system: You are a helpful assistant.
user:
Analyze the provided spectrum to determine if it is a **S-type Star**.

- **Key Indicators for S-type Star:**

    - **(Overall Spectrum Shape):** The first and most obvious characteristic is the overall continuum (the "baseline" shape). It is **extremely "red-sloping,"** meaning the flux (light intensity) is very low on the left side (blue, ~4000-4500 Å) and rises steeply and continuously toward the right side (red, ~7000 Å+).

    - **(Primary):** The spectrum is defined by the presence of strong, broad molecular absorption "valleys" (bands) from **Zirconium Oxide (ZrO)**. The identification of these bands is the **primary requirement** for classifying a star as S-type.
        - **(Key Bandheads):** You must find distinct, deep "dips" where the light has been absorbed. The most critical band systems to locate are:
            - **~6474 Å** ($\gamma$-system): This is often the strongest and clearest ZrO feature, found in the red part of the spectrum.
            - **~5718 Å** & **~5551 Å** ($\beta$-system): A pair of prominent absorption features in the yellow-orange part of the spectrum.
            - **~4640 Å** ($\alpha$-system): A key absorption band system in the blue-green region of the spectrum.

    - **(Secondary Confirmation):** The classification is strengthened by finding additional absorption bands from other related heavy element oxides, which are expected to be present alongside ZrO.
        - **(Key Bandheads):**
            - **Yttrium Oxide (YO):** Look for absorption dips near **~4800 Å** and **~6100 Å**.
            - **Lanthanum Oxide (LaO):** Additional absorption features, particularly in the red-orange part of the spectrum, are also characteristic.

    - **(Line Profile):** The combination of the steep red continuum and these numerous, deep molecular bands (ZrO, YO, etc.) gives the entire spectrum a very **"chopped-up"** or **"bumpy"** appearance. Instead of a smooth curve, the spectrum looks as though large, wide chunks of light have been "carved out" of it at the specific wavelengths listed above.

Think first, call **spectral_visualization_tool** if needed to examine features in detail, then provide your final answer. Your response must adhere to the following strict rules:
1.  **Overall Structure:** Your response must follow the format `<think>...</think> <tool_call>...</tool_call> (if a tool is used) <answer>...</answer>`.
2.  **Tool Usage Constraint:** You may only make **one** tool call per turn.
3.  **Final Answer Format:** In the `<answer>` tag, your conclusion must be inside a `\boxed{}` command (e.g., `\boxed{YES}` or `\boxed{NO}`), followed by your justification.

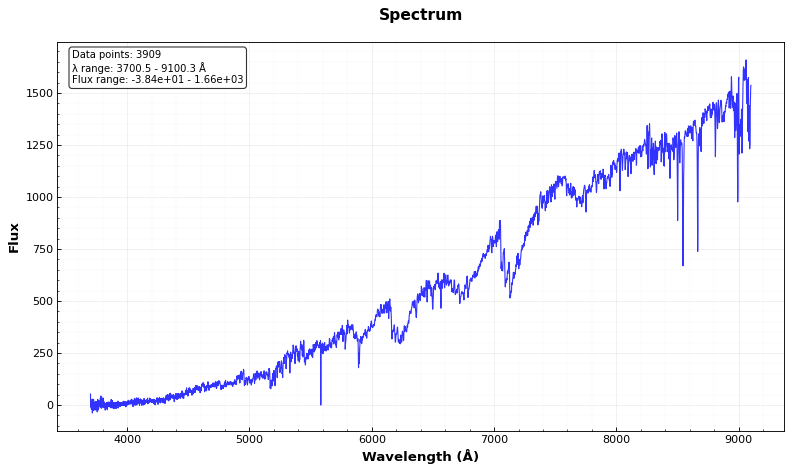
Answer: NO